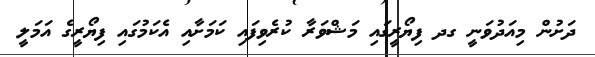
ދަށުން މިއަދުވަނީ ގދ ފިޔޯރީގައި މަޝްވަރާ ކުރެވިފައި ކަމަށާއި އެކަމުގައި ފިޔޯރީގެ އަމަލީ